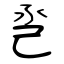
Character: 巹